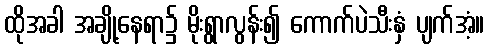
ထိုအခါ အချို့နေရာ၌ မိုးရွာလွန်း၍ ကောက်ပဲသီးနှံ ပျက်အံ့။